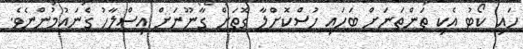
ހައި ކޯޓު އެކި ތަންތަނަށް ބަހައި ހުސްކޮށްލާ ގޮތަށް ގާނޫނަށް އިސްލާހު ގެނައުމުންނެވެ.